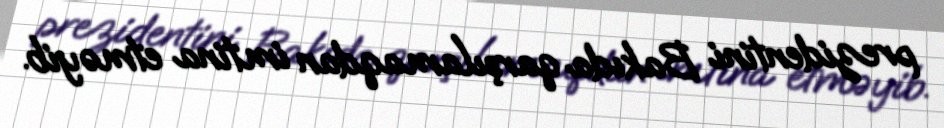
prezidentini Bakıda qarşılamaqdan imtina etməyib.